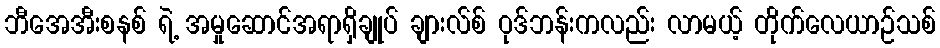
ဘီအေအီးစနစ် ရဲ့ အမှုဆောင်အရာရှိချုပ် ချားလ်စ် ဝုဒ်ဘန်းကလည်း လာမယ့် တိုက်လေယာဉ်သစ်